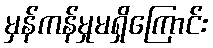
မှန်ကန်မှုမရှိကြောင်း